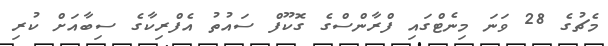
މެޗުގެ 28 ވަނަ މިނެޓްގައި ފްރާންސްގެ ގޮކޫފް ސައުތު އެފްރިކާގެ ސިބާއަށް ކުރި